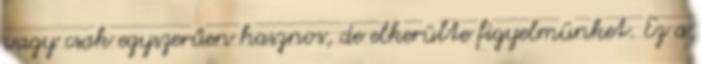
vagy csak egyszerűen hasznos, de elkerülte figyelmünket. Ez a